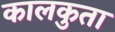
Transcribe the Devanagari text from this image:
कालकुता